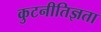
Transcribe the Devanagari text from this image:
कुटनीतिज्ञता